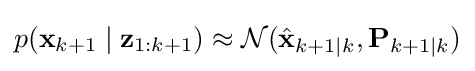
p(\mathbf {x} _{k+1}\mid \mathbf {z} _{1:k+1})\approx {\mathcal {N}}({\hat {\mathbf {x} }}_{k+1|k},\mathbf {P} _{k+1|k})